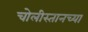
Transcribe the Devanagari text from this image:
चोलीस्तानच्या